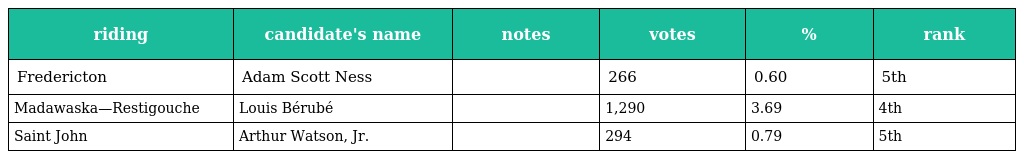
| riding | candidate's name | notes | votes | % | rank |
 | --- | --- | --- | --- | --- | --- |
 | Fredericton | Adam Scott Ness |  | 266 | 0.60 | 5th |
 | Madawaska—Restigouche | Louis Bérubé |  | 1,290 | 3.69 | 4th |
 | Saint John | Arthur Watson, Jr. |  | 294 | 0.79 | 5th |